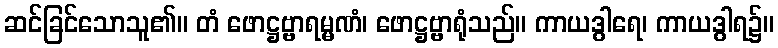
ဆင်ခြင်သောသူ၏။ တံ ဖောဋ္ဌဗ္ဗာရမ္မဏံ၊ ဖောဋ္ဌဗ္ဗာရုံသည်။ ကာယဒွါရေ၊ ကာယဒွါရ၌။